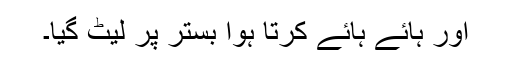
اور ہائے ہائے کرتا ہوا بستر پر لیٹ گیا۔